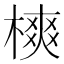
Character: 樉